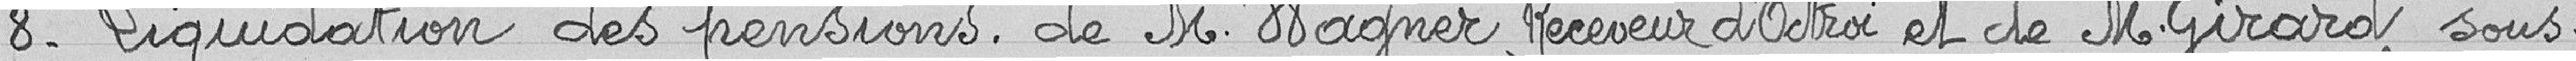
8- Liquidation des pensions de monsieur Wagner, receveur d'Octroi et de monsieur Girard sous